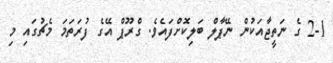
2-1 ގެ ނަތީޖާއަކުން ނޭޕާލް ބަލިކޮށްފައެވެ. ގްރޫޕް އޭގެ ފުރަތަމަ މެޗުގައި މި